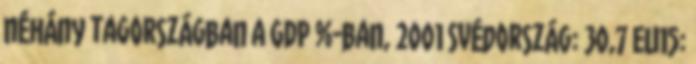
néhány tagországban a GDP %-ban, 2001 Svédország: 30,7 EU15: